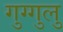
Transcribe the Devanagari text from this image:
गुग्गुलु